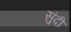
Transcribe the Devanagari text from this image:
सुंदी